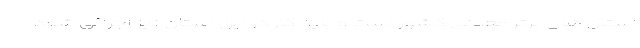
استان های برتر معدنی کشور است و باید کار در این استان نیز اجرائی شود